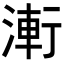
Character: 𭱤